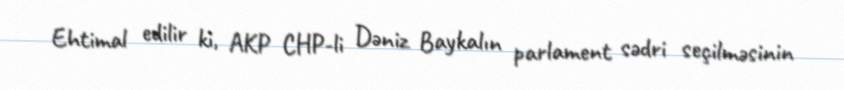
Ehtimal edilir ki, AKP CHP-li Dəniz Baykalın parlament sədri seçilməsinin